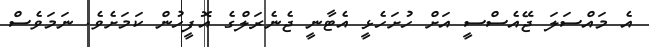
އެ މައްސަލަ ޖޭއެސްސީ އަށް ހުށަހެޅީ އެޓާނީ ޖެނެރަލްގެ އޮފީހުން ކަމަށެވެ. ނަމަވެސް